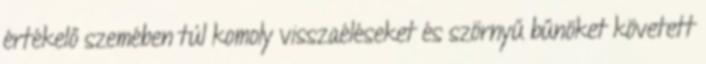
értékelő szemében túl komoly visszaéléseket és szörnyű bűnöket követett